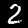
Digit: 2